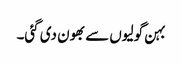
بہن گولیوں سے بھون دی گئی۔